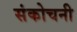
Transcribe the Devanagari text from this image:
संकोचनी